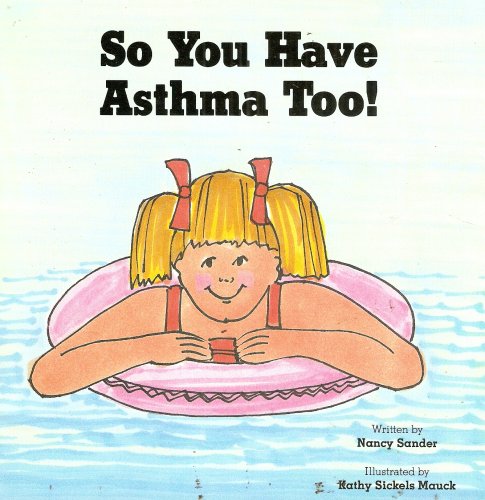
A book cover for So You Have Asthma Too!; Nancy Sander; Health, Fitness & Dieting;